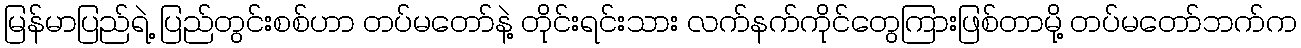
မြန်မာပြည်ရဲ့ ပြည်တွင်းစစ်ဟာ တပ်မတော်နဲ့ တိုင်းရင်းသား လက်နက်ကိုင်တွေကြားဖြစ်တာမို့ တပ်မတော်ဘက်က